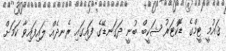
ޤައުމީ ޓީމްގެ ޑޮކްޓަރު ޝަކީބް ބުނީ ދަގަނޑޭގެ ފައިގައި ރެނދެއް ލައިފައިވާ ކަމަށް